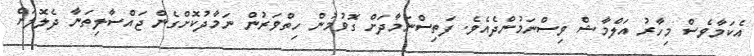
އެކަމާވެސް މިހާރު އަލްމާޝް ވިސްނަމުންދެއެވެ. ފަތިސްނަމާދަށް ގޮވުމުން ހިތްވަރުން ނަމާދުކޮށްގެން ޖައްސާލިތަނާ ދެލޮލަށް